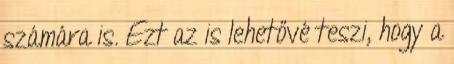
számára is. Ezt az is lehetővé teszi, hogy a